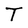
Character: T